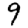
Digit: 9